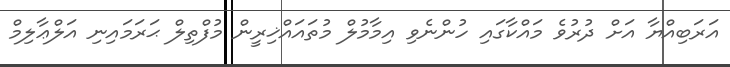
އަރަބިއްޔާ އަށް ދުރުވެ މައްކާގައި ހުންނެވި އިމާމުލް މުތައައްޚިރީން މުފްތިލް ޙަރަމައިނި އަލްޢާލިމް